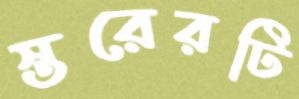
স্তরেরটি